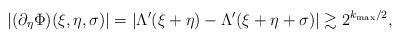
LaTeX: \begin{align*}|(\partial_\eta \Phi)(\xi,\eta,\sigma)| = |\Lambda'(\xi+\eta)-\Lambda'(\xi+\eta+\sigma)| \gtrsim 2^{k_{\max}/2} ,\end{align*}